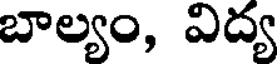
బాల్యం, విద్య